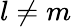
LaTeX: l\neq m